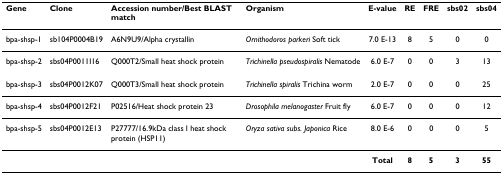
<table><thead><tr><td><b>Gene</b></td><td><b>Clone</b></td><td><b>Accession number/Best BLAST match</b></td><td><b>Organism</b></td><td><b>E-value</b></td><td><b>RE</b></td><td><b>FRE</b></td><td><b>sbs02</b></td><td><b>sbs04</b></td></tr></thead><tbody><tr><td>bpa-shsp-1</td><td>sb104P0004B19</td><td>A6N9U9/Alpha crystallin</td><td><i>Ornithodoros parkeri </i>Soft tick</td><td>7.0 E-13</td><td>8</td><td>5</td><td>0</td><td>0</td></tr><tr><td>bpa-shsp-2</td><td>sbs04P0011I16</td><td>Q000T2/Small heat shock protein</td><td><i>Trichinella pseudospiralis </i>Nematode</td><td>6.0 E-7</td><td>0</td><td>0</td><td>3</td><td>13</td></tr><tr><td>bpa-shsp-3</td><td>sbs04P0012K07</td><td>Q000T3/Small heat shock protein</td><td><i>Trichinella spiralis </i>Trichina worm</td><td>2.0 E-7</td><td>0</td><td>0</td><td>0</td><td>25</td></tr><tr><td>bpa-shsp-4</td><td>sbs04P0012F21</td><td>P02516/Heat shock protein 23</td><td><i>Drosophila melanogaster </i>Fruit fly</td><td>6.0 E-7</td><td>0</td><td>0</td><td>0</td><td>12</td></tr><tr><td>bpa-shsp-5</td><td>sbs04P0012E13</td><td>P27777/16.9kDa class I heat shock protein (HSP11)</td><td><i>Oryza sativa subs. Japonica </i>Rice</td><td>8.0 E-6</td><td>0</td><td>0</td><td>0</td><td>5</td></tr><tr><td></td><td></td><td></td><td></td><td><b>Total</b></td><td><b>8</b></td><td><b>5</b></td><td><b>3</b></td><td><b>55</b></td></tr></tbody></table>